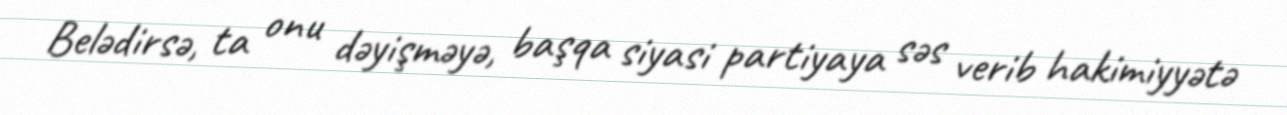
Belədirsə, ta onu dəyişməyə, başqa siyasi partiyaya səs verib hakimiyyətə